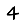
Digit: 4